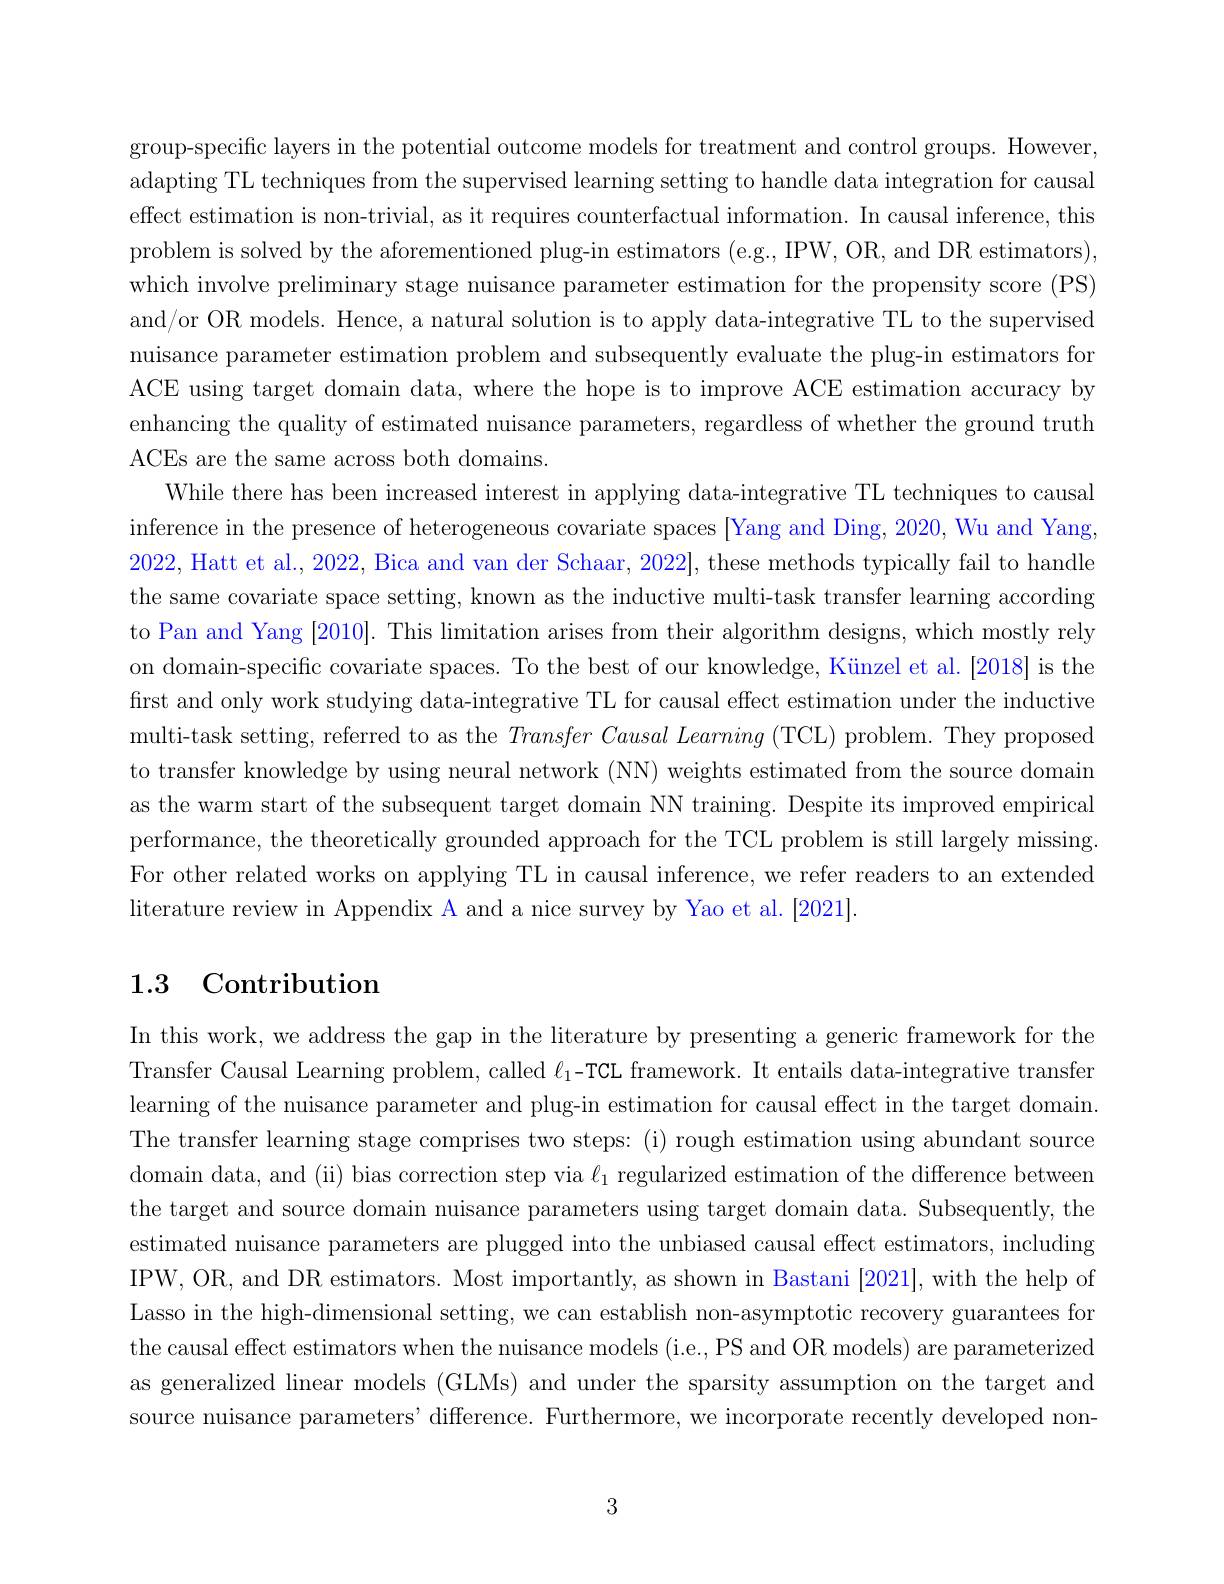
group-specific layers in the potential outcome models for treatment and control groups. However. adapting TL techniques from the supervised learning setting to handle data integration for causal effect estimation is non-trivial, as it requires counterfactual information. In causal inference, this problem is solved by the aforementioned plug-in estimators (e.g., IPW, OR, and DR estimators), which involve preliminary stage nuisance parameter estimation for the propensity score (PS) and/or OR models. Hence, a natural solution is to apply data-integrative TL to the supervised nuisance parameter estimation problem and subsequently evaluate the plug-in estimators for ACE using target domain data, where the hope is to improve ACE estimation accuracy by enhancing the quality of estimated nuisance parameters, regardless of whether the ground truth ACEs are the same across both domains.
While there has been increased interest in applying data-integrative TL techniques to causal inference in the presence of heterogeneous covariate spaces [Yang and Ding, 2020, Wu and Yang, 2022, Hatt et al., 2022, Bica and van der Schaar, 2022], these methods typically fail to handle the same covariate space setting, known as the inductive multi-task transfer learning according to Pan and Yang [2010]. This limitation arises from their algorithm designs, which mostly rely on domain-specific covariate spaces. To the best of our knowledge, Künzel et al. [2018] is the first and only work studying data-integrative TL for causal effect estimation under the inductive multi-task setting, referred to as the $Transfer\textit{ Causal Learning ( TCL) problem. They proposed}$ to transfer knowledge by using neural network (NN) weights estimated from the source domain as the warm start of the subsequent target domain NN training. Despite its improved empirical performance, the theoretically grounded approach for the TCL problem is still largely missing. For other related works on applying TL in causal inference, we refer readers to an extended literature review in Appendix A and a nice survey by Yao et al.[2021]

# 1.3 Contribution

In this work, we address the gap in the literature by presenting a generic framework for the Transfer Causal Learning problem, called $\ell_1$-TCL framework. It entails data-integrative transfer learning of the nuisance parameter and plug-in estimation for causal effect in the target domain The transfer learning stage comprises two steps: (i) rough estimation using abundant source domain data, and (ii) bias correction step via $\ell_{1}$ regularized estimation of the difference between the target and source domain nuisance parameters using target domain data. Subsequently, the estimated nuisance parameters are plugged into the unbiased causal effect estimators, including IPW, OR, and DR estimators. Most importantly, as shown in Bastani [2021], with the help of Lasso in the high-dimensional setting, we can establish non-asymptotic recovery guarantees for the causal effect estimators when the nuisance models (i.e., PS and OR models) are parameterized as generalized linear models (GLMs) and under the sparsity assumption on the target and source nuisance parameters' difference. Furthermore, we incorporate recently developed non-

3